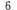
6